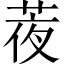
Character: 𦲹